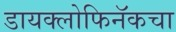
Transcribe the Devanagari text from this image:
डायक्लोफिनॅकचा